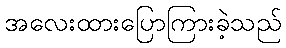
အလေးထားပြောကြားခဲ့သည်